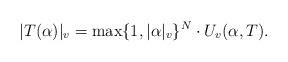
LaTeX: \begin{align*} |T(\alpha)|_v = \max\{1,|\alpha|_v\}^N\cdot U_v(\alpha,T).\end{align*}